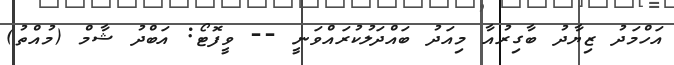
އަހްމަދު ޒިޔާދު ބާގިރުއާ މިއަދު ބައްދަލުކުރައްވަނީ -- ވީފޮޓޯ: އަބްދު ޝާމް (މުއްތު)